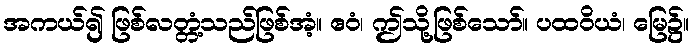
အကယ်၍ ဖြစ်လတ္တံ့သည်ဖြစ်အံ့။ ဧဝံ၊ ဤသို့ဖြစ်သော်။ ပထဝိယံ၊ မြေ၌။